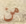
من